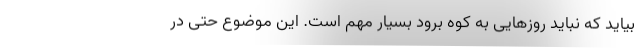
بیاید که نباید روزهایی به کوه برود بسیار مهم است. این موضوع حتی در